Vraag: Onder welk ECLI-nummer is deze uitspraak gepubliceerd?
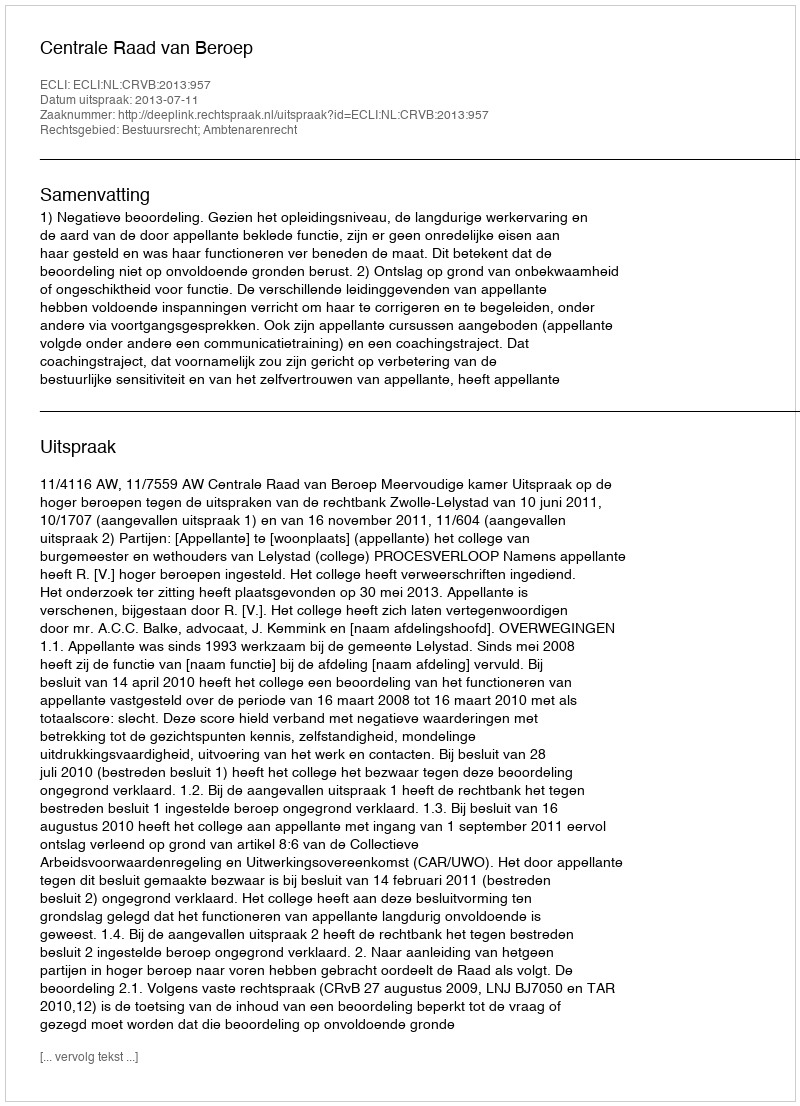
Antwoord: ECLI:NL:CRVB:2013:957